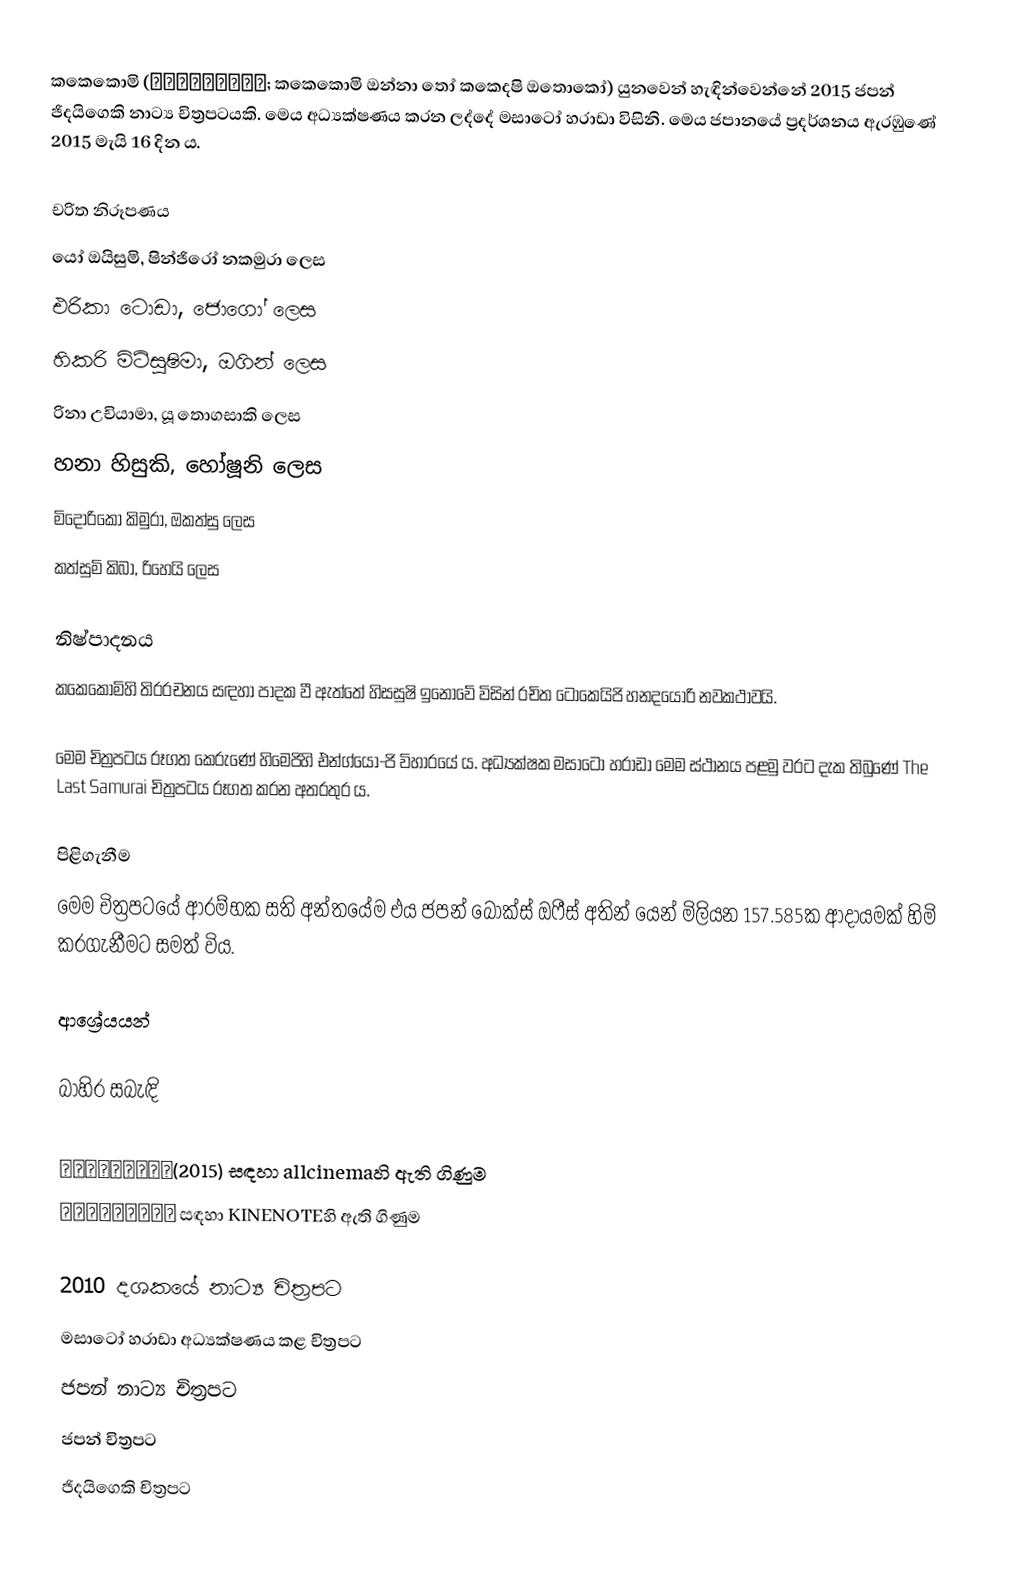
කකෙකොමි (駆込み女と駆出し男; කකෙකොමි ඔන්නා තෝ කකෙදෂි ඔතොකෝ) යුනවෙන් හැඳින්වෙන්නේ 2015 ජපන් ජිදයිගෙකි නාට්‍ය චිත්‍රපටයකි. මෙය අධ්‍යක්ෂණය කරන ලද්දේ මසාටෝ හරාඩා විසිනි. මෙය ජපානයේ ප්‍රදර්ශනය ඇරඹුණේ 2015 මැයි 16 දින ය.

චරිත නිරූපණය
යෝ ඔයිසුමි, ෂින්ජිරෝ නකමුරා ලෙස
එරිකා ටොඩා, ජොගෝ ලෙස
හිකරි මිට්සුෂිමා, ඔගින් ලෙස
රිනා උචියාමා, යූ තොගසාකි ලෙස
හනා හිසුකි, හෝෂූනි ලෙස
මිදොරිකෝ කිමුරා, ඔකත්සු ලෙස
කත්සුමි කිබා, රිහෙයි ලෙස

නිෂ්පාදනය
කකෙකොමිහි තිරරචනය සඳහා පාදක වී ඇත්තේ හිසසුෂි ඉනොවේ විසින් රචිත ටොකෙයිජි හනදයොරි නවකථාවයි.

මෙම චිත්‍රපටය රූගත කෙරුණේ හිමෙජිහි එන්ග්යෝ-ජි විහාරයේ ය. අධ්‍යක්ෂක මසාටෝ හරාඩා මෙම ස්ථානය පළමු වරට දැක තිබුණේ The Last Samurai චිත්‍රපටය රූගත කරන අතරතුර ය.

පිළිගැනීම
මෙම චිත්‍රපටයේ ආරම්භක සති අන්තයේම එය ජපන් බොක්ස් ඔෆීස් අතින් යෙන් මිලියන 157.585ක ආදායමක් හිමි කරගැනීමට සමත් විය.

ආශ්‍රේයයන්

බාහිර සබැඳි

 駆込み女と駆出し男(2015) සඳහා allcinemaහි ඇති ගිණුම
 駆込み女と駆出し男 සඳහා KINENOTEහි ඇති ගිණුම

2010 දශකයේ නාට්‍ය චිත්‍රපට
මසාටෝ හරාඩා අධ්‍යක්ෂණය කළ චිත්‍රපට
ජපන් නාට්‍ය චිත්‍රපට
ජපන් චිත්‍රපට
ජිදයිගෙකි චිත්‍රපට